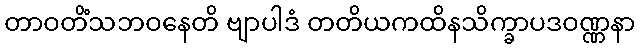
တာဝတိံသဘဝနေတိ ဗျာပါဒံ တတိယကထိနသိက္ခာပဒဝဏ္ဏနာ